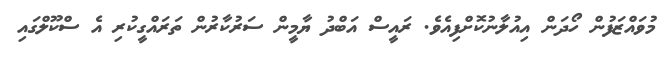
މުވައްޒަފުން ހޯދަން އިއުލާނުކޮށްފިއެވެ. ރައީސް އަބްދު ޔާމީން ސަރުކާރުން ތަރައްގީކުރި އެ ސްކޫލްގައި